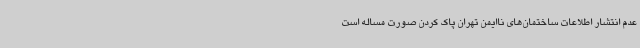
عدم انتشار اطلاعات ساختمان‌های ناایمن تهران پاک کردن صورت مساله است